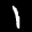
Label: 1